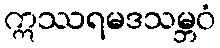
ဣဿရမဒသမ္ဘဝံ